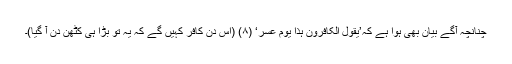
چنانچہ آگے بیان بھی ہوا ہے کہ’یَقُوْلُ الْکَافِرُونَ ہٰذَا یَوْمٌ عَسِرٌ‘ (۸) (اس دن کافر کہیں گے کہ یہ تو بڑا ہی کٹھن دن آ گیا)۔